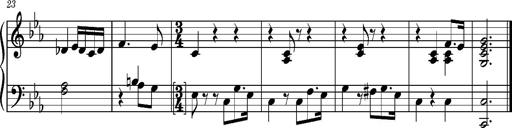
Title: La cloche sonne
Composer: Franz Liszt